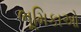
ભૂમિકાઓ